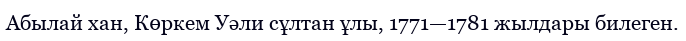
Абылай хан, Көркем Уәли сұлтан ұлы, 1771—1781 жылдары билеген.